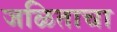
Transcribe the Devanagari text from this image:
जळिताचा